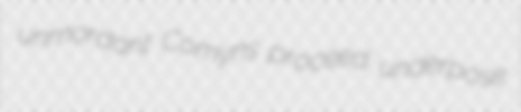
unmordant Comyns proceed underpose